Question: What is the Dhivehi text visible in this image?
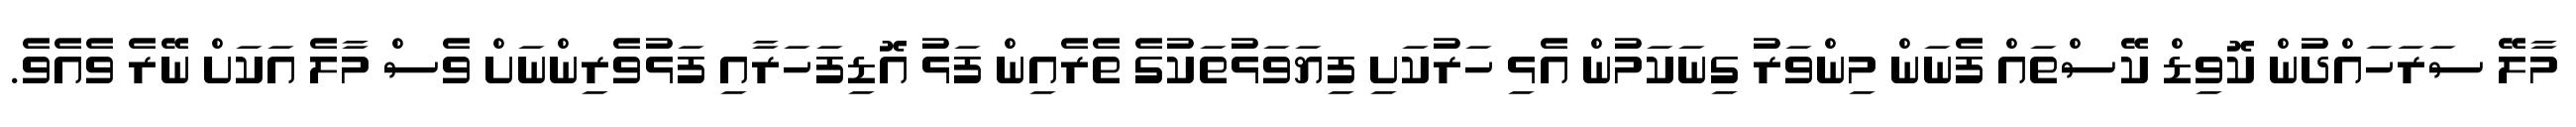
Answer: މާލޭ ސަރަހައްދުން ކޮވިޑް ކޭސްތައް ފެނަން މިންވަރު ގިނަކަމުން އެޅި ހަރުކަށި ފިޔަވަޅުތަކުގެ ތެރެއިން ފަޅު އޮޑިފަހަރާއި ފަޅުވެރިންނަށް ވެސް މާލެ އަކަށް ނޭރެ ވެއެވެ.